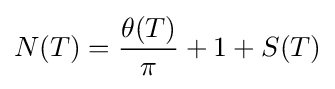
N(T)={\frac {\theta (T)}{\pi }}+1+S(T)